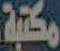
مكتبة